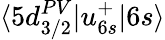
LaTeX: \langle 5d_{3/2}^{PV}|u_{6s}^{+}|6s\rangle